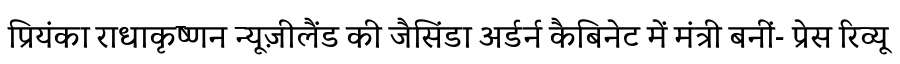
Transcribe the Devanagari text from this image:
प्रियंका राधाकृष्णन न्यूज़ीलैंड की जैसिंडा अर्डर्न कैबिनेट में मंत्री बनीं- प्रेस रिव्यू